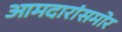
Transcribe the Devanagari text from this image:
आमदारांसमोर